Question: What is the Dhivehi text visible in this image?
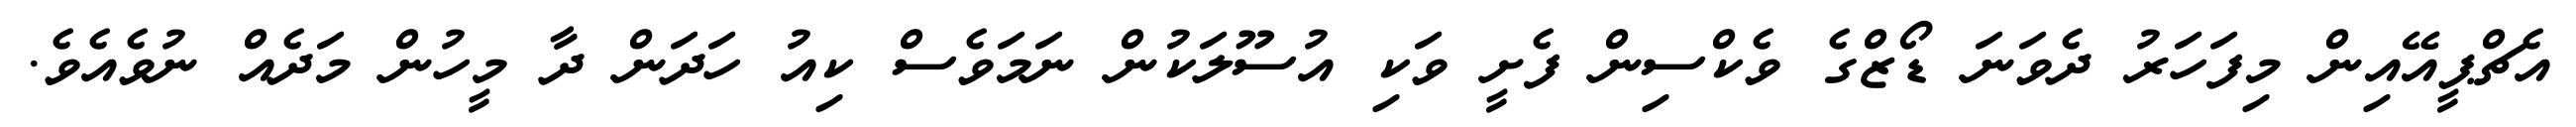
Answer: އެޗްޕީއޭއިން މިފަހަރު ދެވަނަ ޑޯޒްގެ ވެކްސިން ފެށީ ވަކި އުސޫލަކުން ނަމަވެސް ކިއު ހަދަން ދާ މީހުން މަދެއް ނުވެއެވެ.